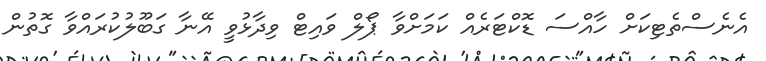
އެނެސްތެޓިކަށް ހާއްސަ ޑޮކްޓަރެއް ކަމަށްވާ ޕޯލް ވައިޓް ވިދާޅުވީ އޭނާ ގަބޫލުކުރައްވާ ގޮތުން